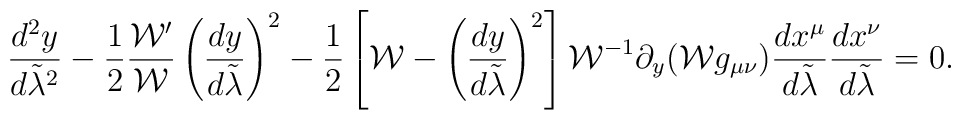
{{d^2y}\over{d\tilde{\lambda}^2}}-{1\over 2}{{{\cal W}^{\prime}}\over{\cal W}}\left({{dy}\over{d\tilde{\lambda}}}\right)^2-{1\over 2}\left[{\cal W}-\left({{dy}\over{d\tilde{\lambda}}}\right)^2\right]{\cal W}^{-1}\partial_y({\cal W}g_{\mu\nu}){{dx^{\mu}}\over{d\tilde{\lambda}}}{{dx^{\nu}}\over{d\tilde{\lambda}}}=0.